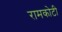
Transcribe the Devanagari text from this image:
रामकोटी